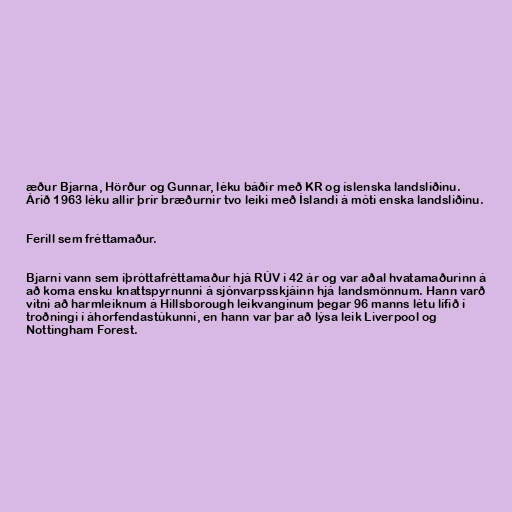
æður Bjarna, Hörður og Gunnar, léku báðir með KR og íslenska landsliðinu.
Árið 1963 léku allir þrír bræðurnir tvo leiki með Íslandi á móti enska landsliðinu.

Ferill sem fréttamaður.

Bjarni vann sem íþróttafréttamaður hjá RÚV í 42 ár og var aðal hvatamaðurinn á
að koma ensku knattspyrnunni á sjónvarpsskjáinn hjá landsmönnum. Hann varð
vitni að harmleiknum á Hillsborough leikvanginum þegar 96 manns létu lífið í
troðningi í áhorfendastúkunni, en hann var þar að lýsa leik Liverpool og
Nottingham Forest.